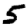
Digit: 5